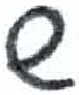
אות: ר